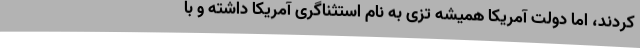
کردند، اما دولت آمریکا همیشه تزی به نام استثناگری آمریکا داشته و با